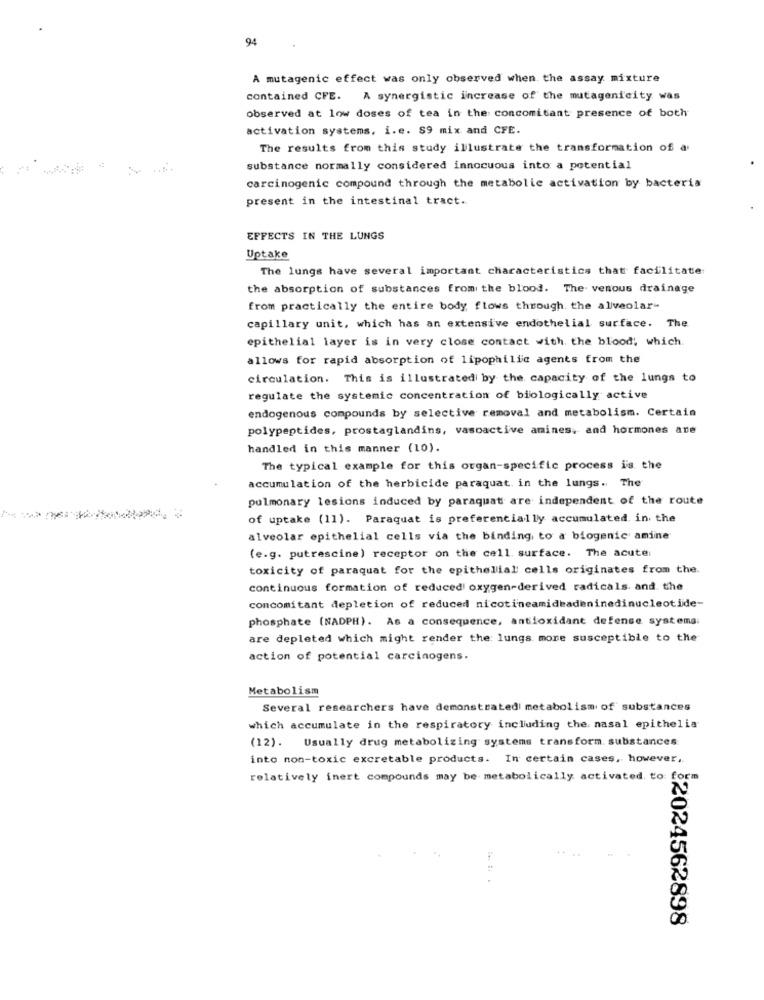
94
A mutagenic effect was only observed when the assay mixture
contained CFE. A synergistic increase of the mutagenicity was
observed at low doses of tea in the concomitant presence of both
activation systems, i.e. $9 mix and CFE.
The results from this study illustrate the transformation of a
substance normally considered innocuous into a potential
carcinogenic compound through the metabolic activation by bacteria
present in the intestinal tract ..
EFFECTS IN THE LUNGS
Uptake
The lungs have several important characteristics that facilitate
the absorption of substances from the blood. The venous drainage
from practically the entire body flows through the alveolar-
capillary unit, which has an extensive endothelial surface. The
epithelial layer is in very close contact with the blood; which.
allows for rapid absorption of lipophilic agents from the
circulation. This is illustrated by the capacity of the lungs to
regulate the systemic concentration of biologically active
endogenous compounds by selective removal and metabolism. Certain
polypeptides, prostaglandins, vasoactive amines, and hormones are
handled in this manner (10).
The typical example for this organ-specific process is the
accumulation of the herbicide paraquat. in the lungs. The
pulmonary lesions induced by paraquat are independent of the route
of uptake (11). Paraquat is preferencially accumulated in the
alveolar epithelial cells via the binding, to a biogenic amine
(e.g. putrescine) receptor on the cell. surface. The acute;
toxicity of paraquat for the epithelial cells originates from the.
continuous formation of reduced oxygen-derived radicals. and the
concomitant depletion of reduced nicotineamideadeninedinucleotide-
phosphate (NADPH). As a consequence, antioxidant defense systems.
are depleted which might render the lungs more susceptible to the
action of potential carcinogens.
Metabolism
Several researchers have demonstratedi metabolism of substances
which accumulate in the respiratory including the nasal epithelia
(12).
Usually drug metabolizing systems transform. substances:
into non-toxic excretable products. In certain cases, however,
relatively inert compounds may be metabolically activated. to: form
82024562898